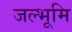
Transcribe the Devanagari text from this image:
जल्भूमि